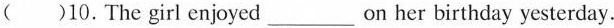
()10.The girl enjoyed ___ on her birthday yesterday.